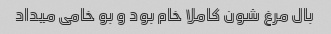
بال مرغ شون کاملا خام بود و بو خامی میداد